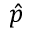
\hat { p }